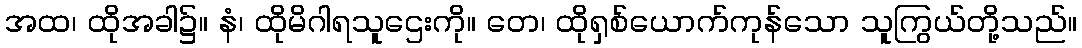
အထ၊ ထိုအခါ၌။ နံ၊ ထိုမိဂါရသူဌေးကို။ တေ၊ ထိုရှစ်ယောက်ကုန်သော သူကြွယ်တို့သည်။